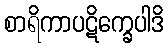
စာရိကာပဋိက္ခေပါဒိ